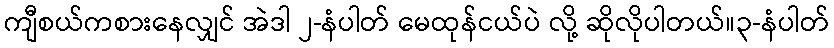
ကျီစယ်ကစားနေလျှင် အဲဒါ ၂-နံပါတ် မေထုန်ငယ်ပဲ လို့ ဆိုလိုပါတယ်။၃-နံပါတ်